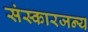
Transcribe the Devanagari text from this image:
संस्कारजन्य